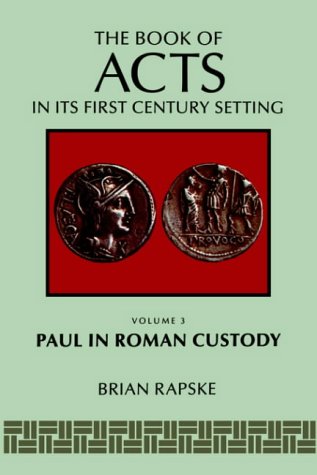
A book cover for The Book of Acts and Paul in Roman Custody (Book of Acts in Its First-Century Setting); Rapske; Religion & Spirituality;